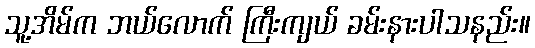
သူ့အိမ်က ဘယ်လောက် ကြီးကျယ် ခမ်းနားပါသနည်း။